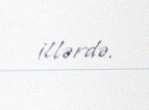
illərdə.